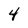
Character: 4